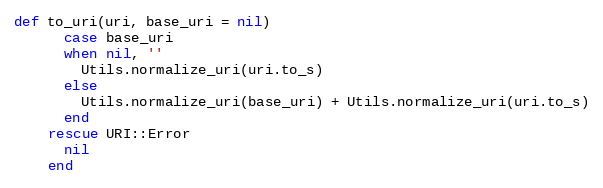
Language: Ruby
def to_uri(uri, base_uri = nil)
      case base_uri
      when nil, ''
        Utils.normalize_uri(uri.to_s)
      else
        Utils.normalize_uri(base_uri) + Utils.normalize_uri(uri.to_s)
      end
    rescue URI::Error
      nil
    end